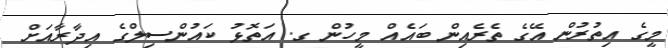
މީގެ އިތުރުން އޭގެ ތެރެއިން ބައެއް މީހުން ގ. އަތޮޅު ކައުންސިލްގެ އިދާރާއަށް